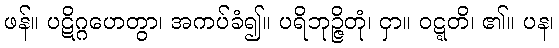
ဖန်။ ပဋိဂ္ဂဟေတွာ၊ အကပ်ခံ၍။ ပရိဘုဉ္ဇိတုံ၊ ငှာ။ ဝဋ္ဋတိ၊ ၏။ ပန၊